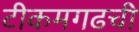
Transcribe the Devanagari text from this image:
टीकमगढची